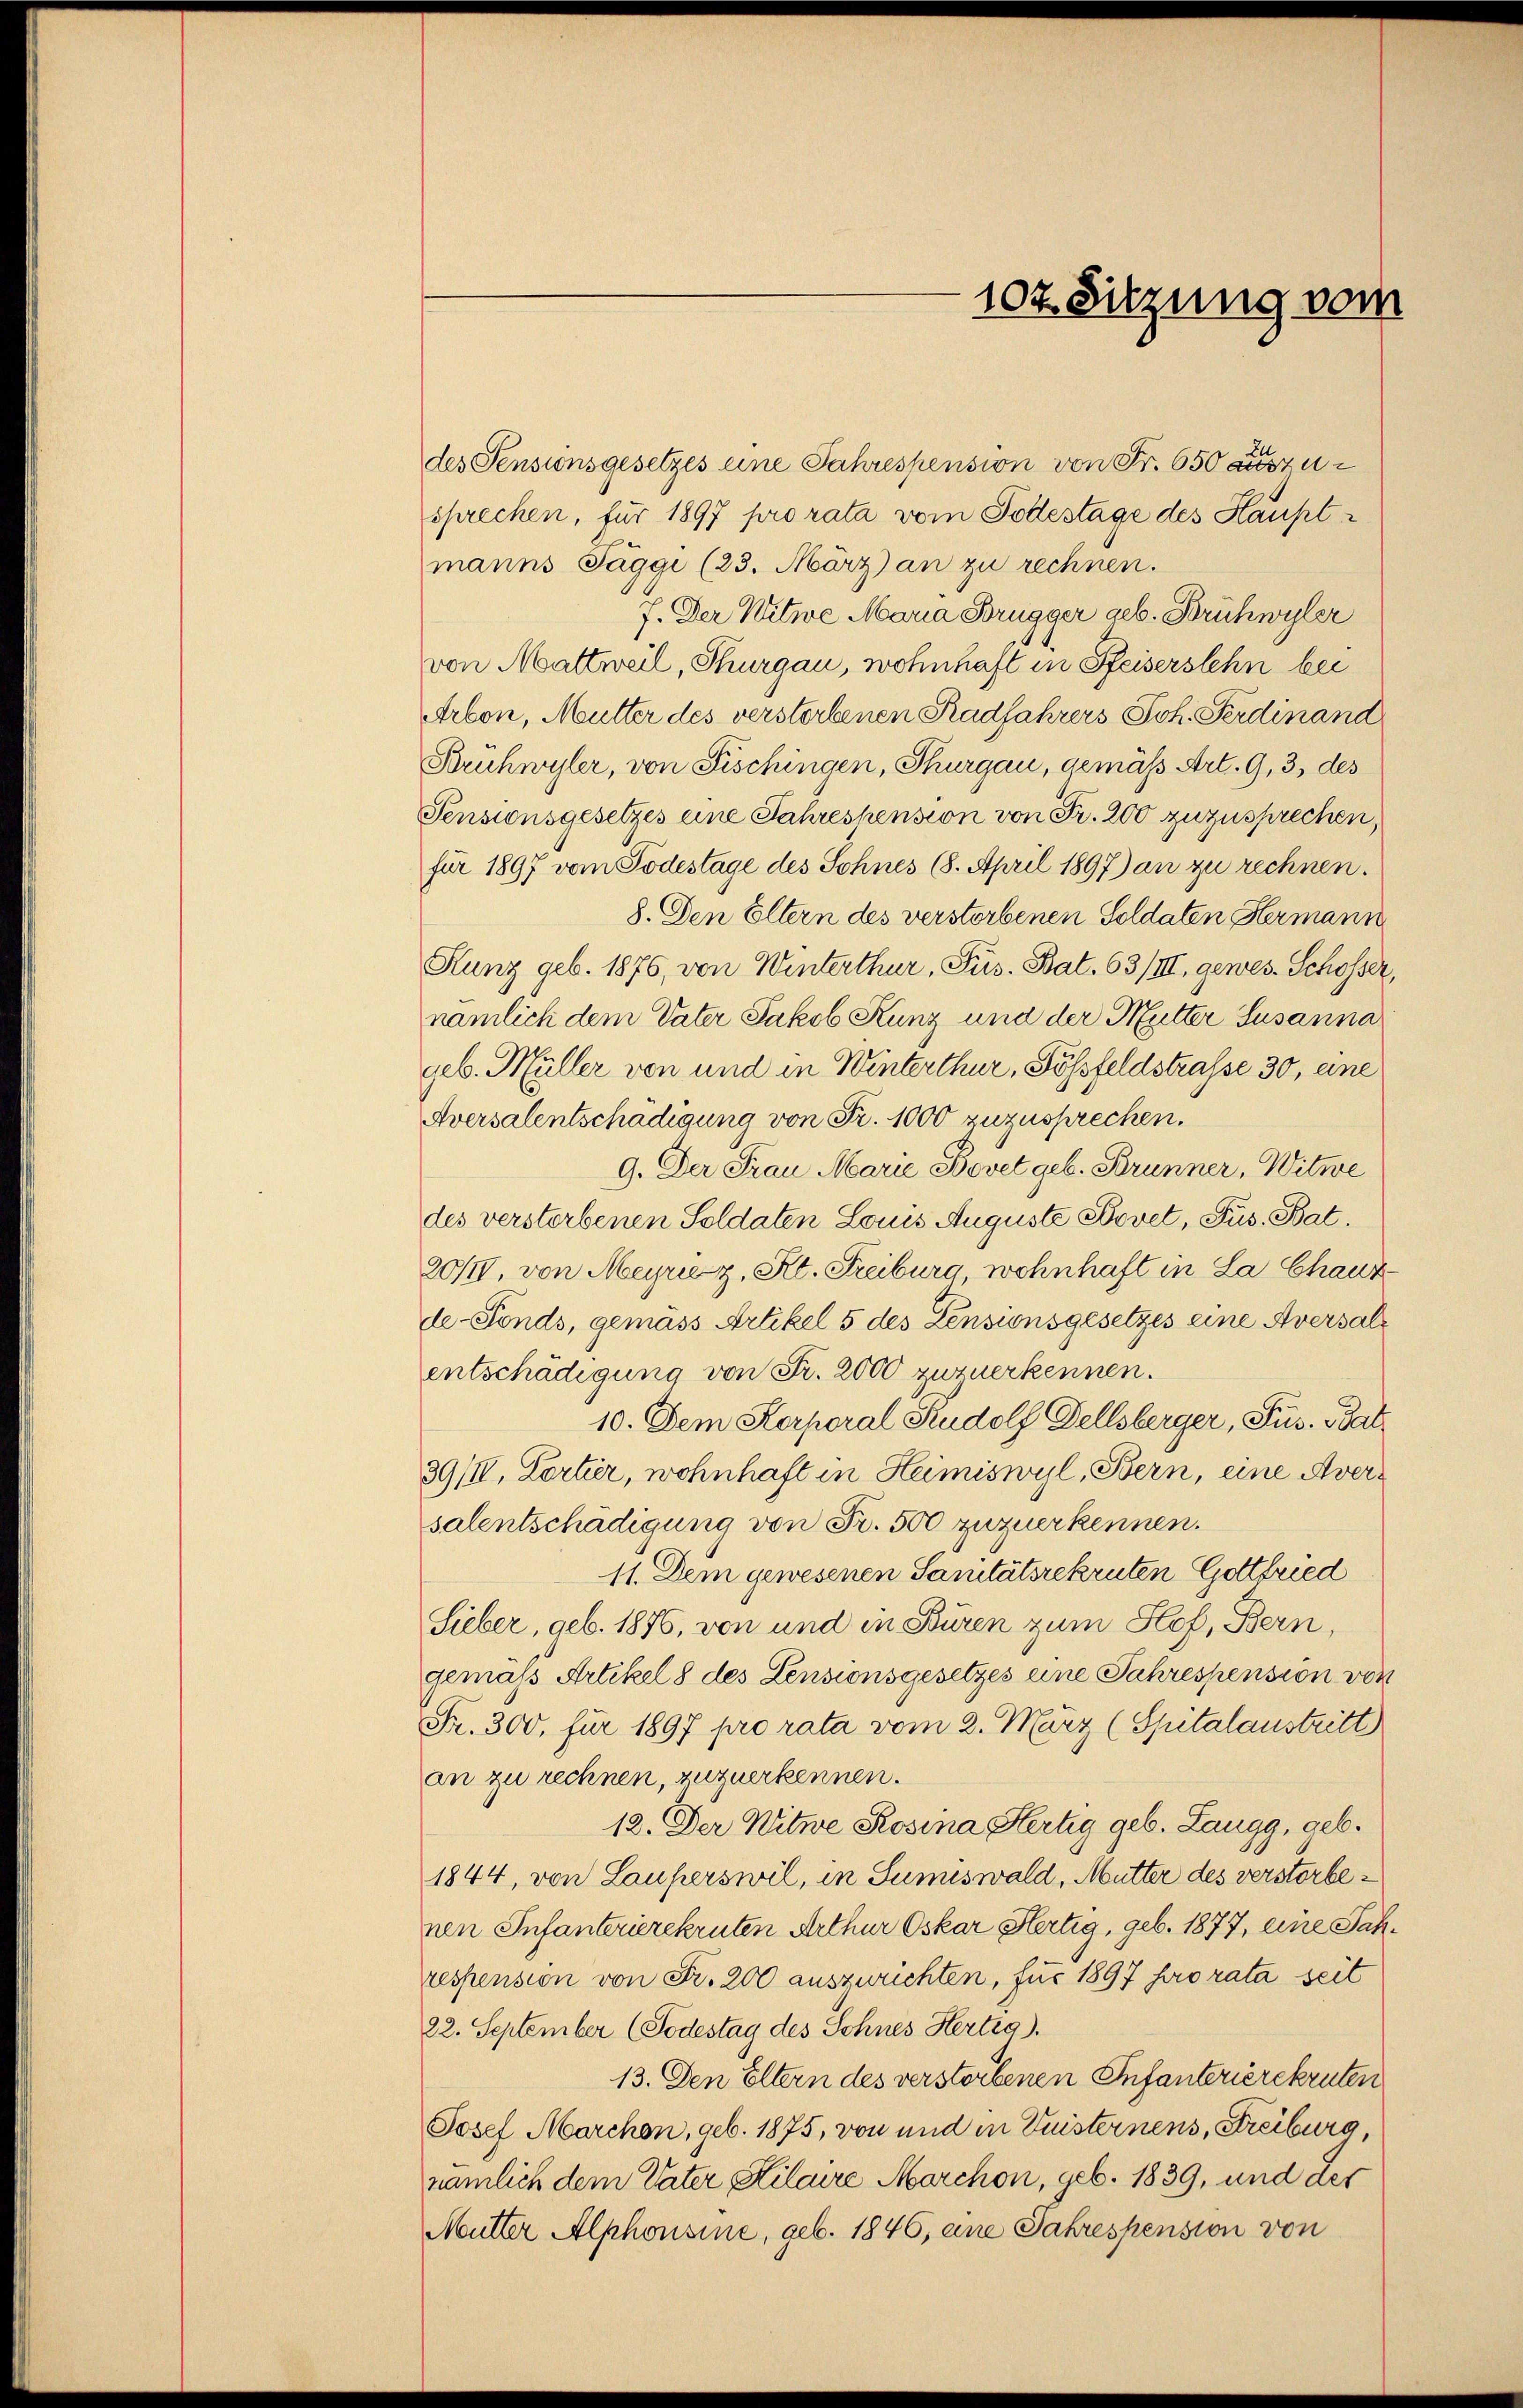
des Pensionsgesetzes eine Jahrespension von Fr. 650 auszusprechen, für 1897 pro rata vom Todestage des Hauptmanns Jäggi (23. März) an zu rechnen.
J. Der Witwe Maria Brugger geb. Brühwyler
von Mattweil, Thurgau, wohnhaft in Pfeiserstehn bei
Arbon, Mutter des verstorbenen Radfahrers Joh. Ferdinand
Bruhwyler, von Fischingen, Thurgau, gemäß Art. 9, 3 des
Pensionsgesetzes eine Jahreshension von Fr. 200 zuzusprechen,
für 1897 vom Todestage des Sohnes 18. April 1897) an zu rechnen.
8. Den Eltern des verstorbenen Soldaten Hermann
Hunz geb. 1876, von Winterthur, Pus. Bat. 63/III, gewes. Schosser,
nämlich dem Vater Jakob Kunz und der Mutter Susanna
geb. Müller von und in Winterthur, Sössfeldstrasse 30, eine
Aversalentschädigung von Fr. 1000 zuzusprechen.
9. Der Frau Marie Bovet geb. Brunner, Witwe
des versterbenen Soldaten Louis Auguste Bovet, Pus. Bat.
20/IV, von Meyrie z. St. Freiburg, wohnhaft in La Chauzde-Fonds, gemäss Artikel 5 des Zensionsgesetzes eine Aversalentschädigung von Fr. 2000 zuzuerkennen.
10. Dem Korporal Rudolf Dellsberger, Sus. Bal¬
39/II, Lortier, wohnhaft in Heimiswyl, Bern, eine Aversalentschädigung von Fr. 500 zuzuerkennen.
11. Dem gewesenen Sanitätsrekruten Gottfried
Sieber, geb. 1876, von und in Buren zum Hof, Bern,
gemäß Artikel 8 des Lensionsgesetzes eine Jahrespension von
Fr. 300. für 1897 pro rata vom 2. März (Spitalaustritt
an zu rechnen, zuzuerkennen.
12. Der Witwe Rosina Hertig geb. Langg, geb.
1844, von Lauferswil, in Sumiswald, Mutter des verstorbenen Infanterierekruten Arthur Oskar Hertig, geb. 1877, eine Jah
respension von Fr. 200 auszurichten, für 1897 pro rata seit
22. September (Todestag des Schnes Hertig).
13. Den Eltern des verstorbenen Infanterierekruten
Josef Marchen, geb. 1875, von und in Geisternens, Freiburg,
nämlich dem Vater Kilaire Marchon, geb. 1839, und der
Mutter Alphonsine, geb. 1846, eine Jahrespension von

107. Sitzung vom